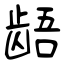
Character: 龉